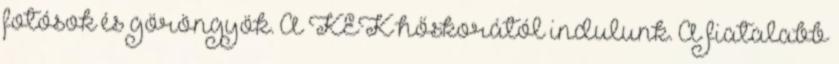
fotósok és göröngyök. A KEK hőskorától indulunk. A fiatalabb